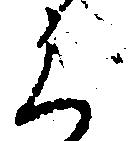
く